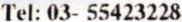
TEL: 03- 55423228